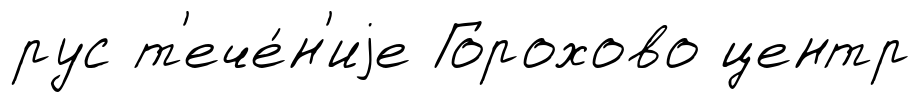
рус т'ече́н'иjе Горохово центр